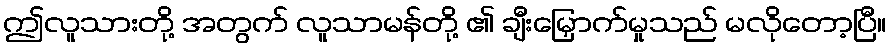
ဤလူသားတို့ အတွက် လူသာမန်တို့ ၏ ချီးမြှောက်မှုသည် မလိုတော့ပြီ။